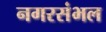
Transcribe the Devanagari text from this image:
नगरसंभल